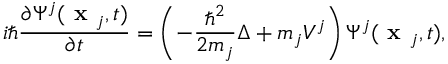
i \hbar \frac { \partial \Psi ^ { j } ( \textbf { x } _ { j } , t ) } { \partial t } = \left( - \frac { \hbar ^ { 2 } } { 2 m _ { j } } \Delta + m _ { j } V ^ { j } \right) \Psi ^ { j } ( \textbf { x } _ { j } , t ) ,